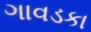
ગાવડકા